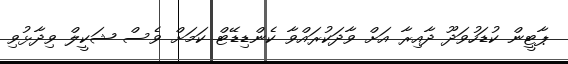
ޕާޓީން ކުޑަހުވަދޫ ދާއިރާ އަށް ވާދަކުރައްވާ ކެންޑިޑޭޓް ކަމަށް ވެސް ޝަކީލް ވިދާޅުވި